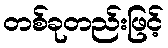
တစ်ခုတည်းဖြင့်